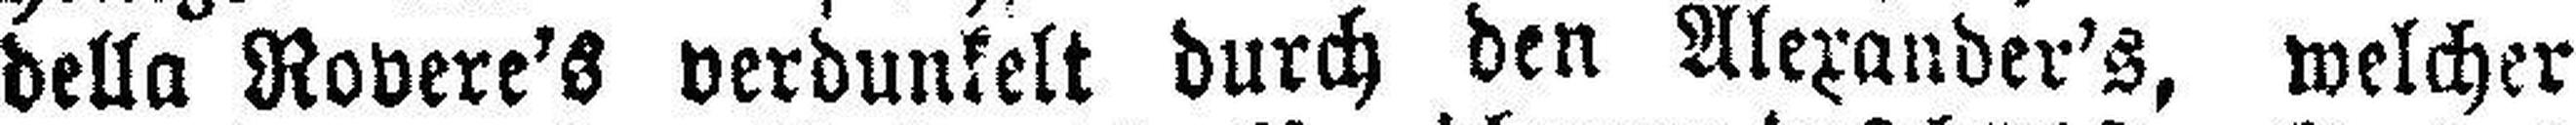
della Rovere's verdunkelt durch den Alexander's, welcher